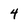
Character: 4